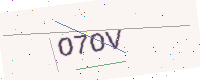
Text: O7OV